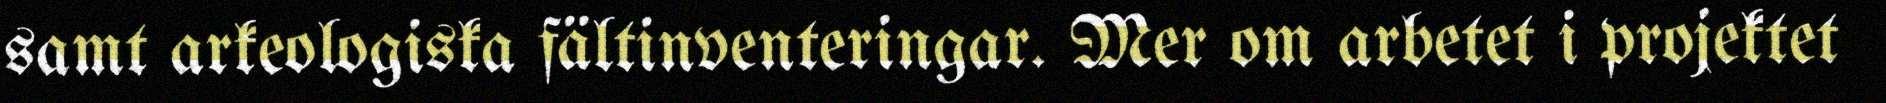
samt arkeologiska fältinventeringar. Mer om arbetet i projektet